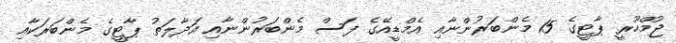
ޖުމްހޫރީ ޕާޓީގެ 15 މެންބަރުންނާއި އެމްޑީއޭގެ ފަސް މެންބަރުންނާއި އަދާލަތު ޕާޓީގެ މެންބަރަކާއި